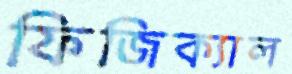
ফিজিক্যাল